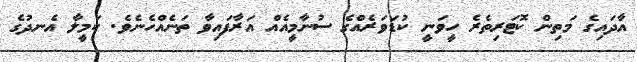
އާދައިގެ މަތިން ކޮޓަރިތެރެ ހީވަނީ ކުޑަވަރެއްގެ ސުނާމީއެއް އަރާފައިވާ ތަނެއްހެނެވެ. ކަމީލާ އެނދުގެ